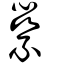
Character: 繠